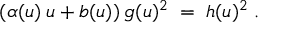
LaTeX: ( \alpha ( u ) \: u + b ( u ) ) \: g ( u ) ^ { 2 } \; = \; h ( u ) ^ { 2 } \; .